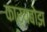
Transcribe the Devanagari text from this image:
कार्यबोझ